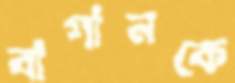
বাগানকে